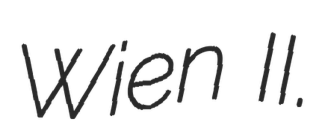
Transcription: Wien II.